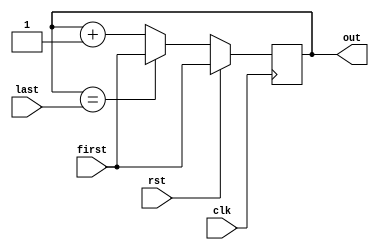
`timescale 1ns / 1ps
//////////////////////////////////////////////////////////////////////////////////
// Company: 
// Engineer: 
// 
// Design Name: 
// Module Name:    address_reg15 
// Project Name: 
// Target Devices: 
// Tool versions: 
// Description: 
//
// Dependencies: 
//
// Revision: 
// Revision 0.01 - File Created
// Additional Comments: 
//
//////////////////////////////////////////////////////////////////////////////////
module address_reg15(
    input [15:0]first,
    input rst,
    input clk,
    input [15:0]last,
    output reg [15:0]out
    );
	 always@(posedge clk)begin
		if(rst)out<=first;
	 else if(out==last)out<=first;
	 else out<=out+1'b1;
	 
	 end
	


endmodule